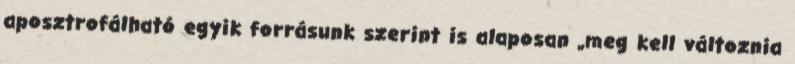
aposztrofálható egyik forrásunk szerint is alaposan „meg kell változnia